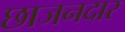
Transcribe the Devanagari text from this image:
छाजनदार